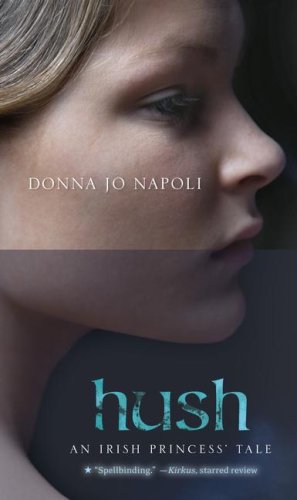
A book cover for Hush: An Irish Princess' Tale; Donna Jo Napoli; Teen & Young Adult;